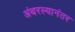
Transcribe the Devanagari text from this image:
अंथरल्यानंतर